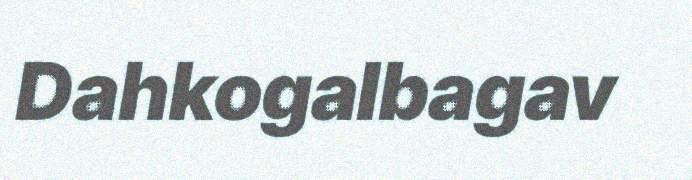
Dahkogalbagav